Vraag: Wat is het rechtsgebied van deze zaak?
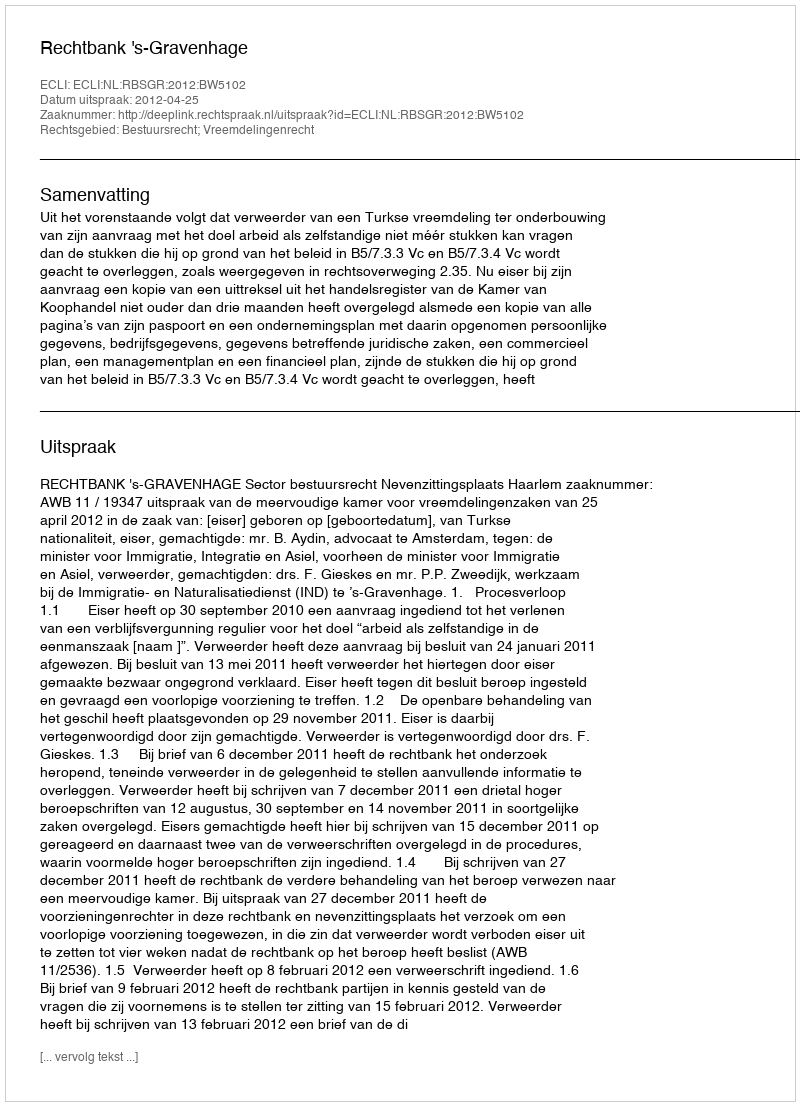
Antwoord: Bestuursrecht; Vreemdelingenrecht